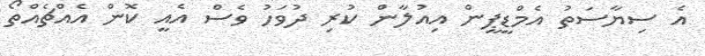
އެ ސިޔާސަތު އެމްޑީޕީން އިއުލާން ކުރި ދުވަހު ވެސް އެއީ ކޮން އެއްޗެއްތޯ